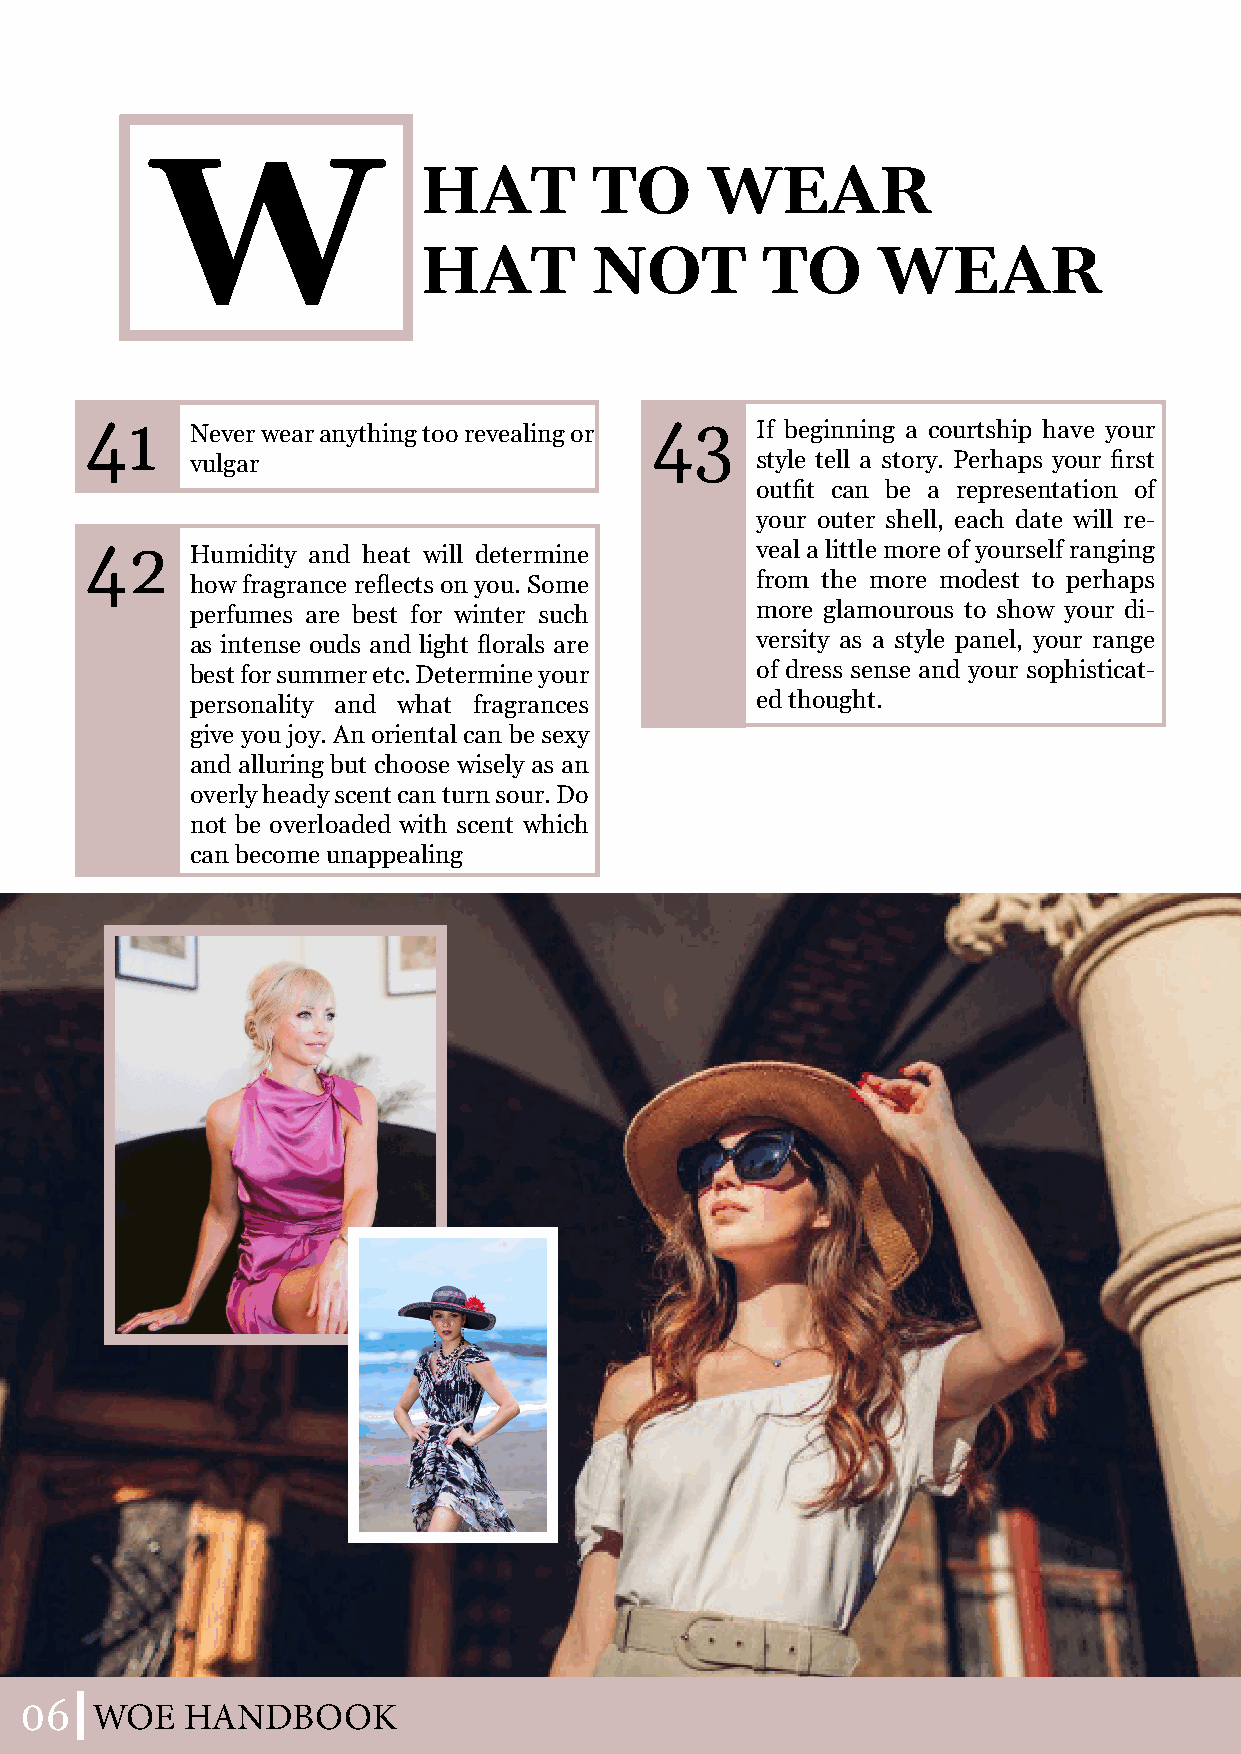
W
 HAT        TO      WEAR
 HAT        NOT        TO      WEAR
 41     Never wear anything too revealing or 43 If beginning a courtship have your
 vulgar                               style tell a story. Perhaps your first
 outfit can be a representation of
 your outer shell, each date will re-
 42     Humidity and heat will determine     veal a little more of yourself ranging
 how fragrance reflects on you. Some  from the more modest to perhaps
 perfumes are best for winter such    more glamourous to show your di-
 as intense ouds and light florals are versity as a style panel, your range
 best for summer etc. Determine your  of dress sense and your sophisticat-
 personality and what fragrances      ed thought.
 give you joy. An oriental can be sexy
 and alluring but choose wisely as an
 overly heady scent can turn sour. Do
 not be overloaded with scent which
 can become unappealing
 06
 WOE   HANDBOOK